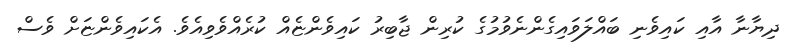
ދިޔާނާ އާއި ކައިވެނި ބައްލަވައިގެންނެވުމުގެ ކުރިން ޖާބިރު ކައިވެންޏެއް ކުރެއްވެވިއެވެ. އެކައިވެންޏަށް ވެސް